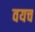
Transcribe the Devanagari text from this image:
वयच